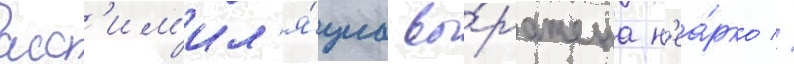
асс'им'ил'я́циа вы́ражена н'еа́рко //